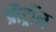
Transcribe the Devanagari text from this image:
प्रौट्रॉन